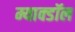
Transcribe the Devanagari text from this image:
म्याक्डॉल